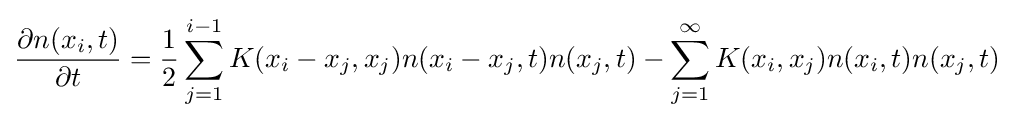
{\frac {\partial n(x_{i},t)}{\partial t}}={\frac {1}{2}}\sum _{j=1}^{i-1}K(x_{i}-x_{j},x_{j})n(x_{i}-x_{j},t)n(x_{j},t)-\sum _{j=1}^{\infty }K(x_{i},x_{j})n(x_{i},t)n(x_{j},t)